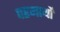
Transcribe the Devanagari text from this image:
परमार्थो